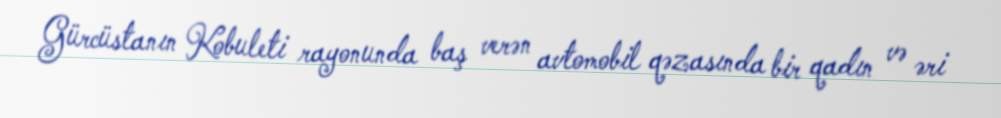
Gürcüstanın Kobuleti rayonunda baş verən avtomobil qəzasında bir qadın və əri